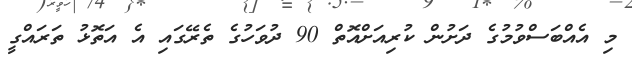
މި އެއްބަސްވުމުގެ ދަށުން ކުރިއަށްއޮތް 90 ދުވަހުގެ ތެރޭގައި އެ އަތޮޅު ތަރައްގީ